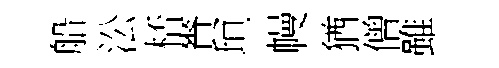
船㳂桮賚垣幔猶僧雖